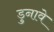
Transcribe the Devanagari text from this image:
डुनावे